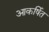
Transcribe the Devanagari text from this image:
आकर्षित